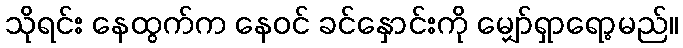
သိုရင်း နေထွက်က နေဝင် ခင်နှောင်းကို မျှော်ရှာရော့မည်။